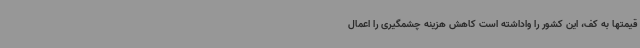
قیمتها به کف، این کشور را واداشته است کاهش هزینه چشمگیری را اعمال